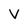
Character: V